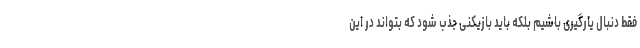
فقط دنبال یارگیری باشیم بلکه باید بازیکنی جذب شود که بتواند در این